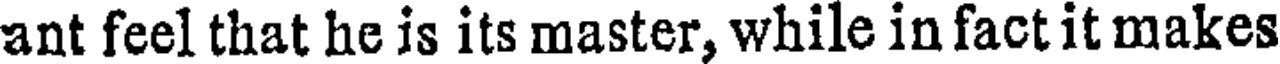
ant feel that he is its master, while in fact it makes